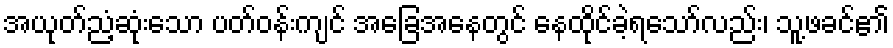
အယုတ်ညံ့ဆုံးသော ပတ်ဝန်းကျင် အခြေအနေတွင် နေထိုင်ခဲ့ရသော်လည်း၊ သူ့ဖခင်၏